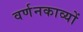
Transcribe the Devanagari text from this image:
वर्णनकाव्यों